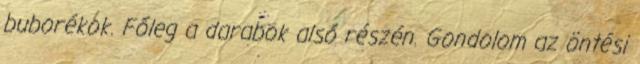
buborékok. Főleg a darabok alsó részén. Gondolom az öntési